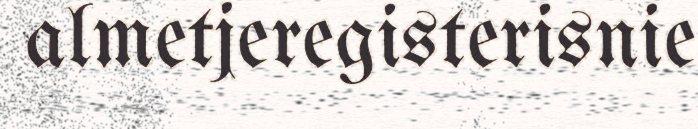
almetjeregisterisnie